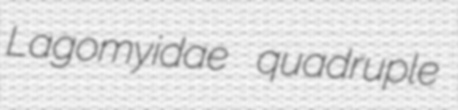
Lagomyidae quadruple